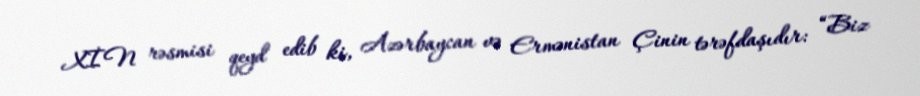
XİN rəsmisi qeyd edib ki, Azərbaycan və Ermənistan Çinin tərəfdaşıdır: “Biz